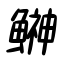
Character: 鰰